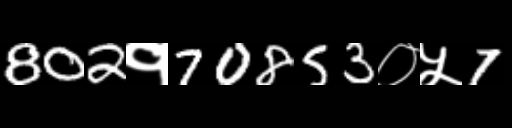
Text: 802१70853०५7